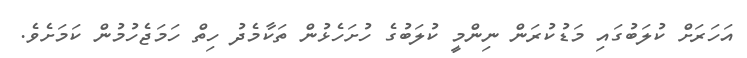
އަހަރަށް ކުލަބުގައި މަޑުކުރަން ނިންމީ ކުލަބުގެ ހުށަހެޅުން ތަކާމެދު ހިތް ހަމަޖެހުމުން ކަމަށެވެ.